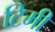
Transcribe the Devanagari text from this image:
टिमी